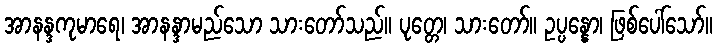
အာနန္ဒကုမာရေ၊ အာနန္ဒာမည်သော သားတော်သည်။ ပုတ္တေ၊ သားတော်။ ဥပ္ပန္နော၊ ဖြစ်ပေါ်သော်။